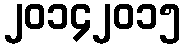
၂၀၁၄၂၀၁၅